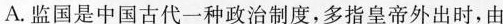
A.监回是中国古代一种政治制度，多指皇帝外出时，由